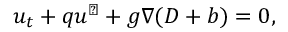
u _ { t } + q u ^ { \perp } + g \nabla ( D + b ) = 0 ,